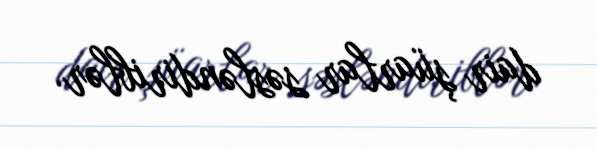
dair şüarlar səsləndiriblər.